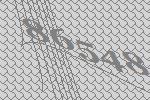
86548